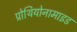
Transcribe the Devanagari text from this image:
प्रोथियोनामाइड